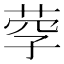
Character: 𦰊